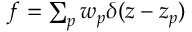
\begin{array} { r } { f = \sum _ { p } w _ { p } \delta ( z - z _ { p } ) } \end{array}